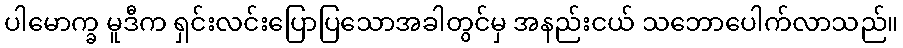
ပါမောက္ခ မူဒီက ရှင်းလင်းပြောပြသောအခါတွင်မှ အနည်းငယ် သဘောပေါက်လာသည်။